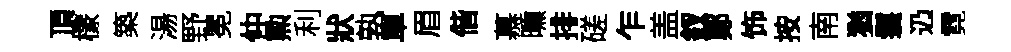
頂檬築湯野冕仲勲利狀孰單眉偕慕曛排磋乍盖釵鄭饰按南猶鬟辸霓